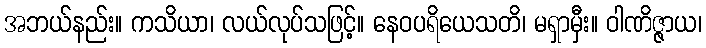
အဘယ်နည်း။ ကသိယာ၊ လယ်လုပ်သဖြင့်။ နေဝပရိယေသတိ၊ မရှာမှီး။ ဝါဏိဇ္ဇာယ၊